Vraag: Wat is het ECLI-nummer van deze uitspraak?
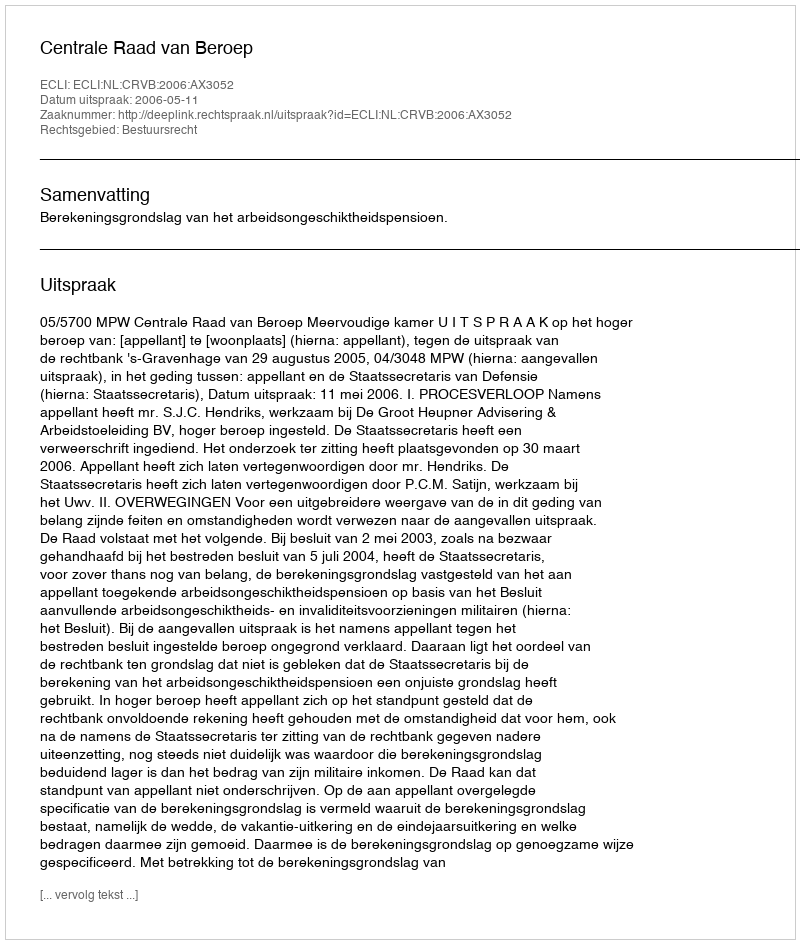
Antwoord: ECLI:NL:CRVB:2006:AX3052